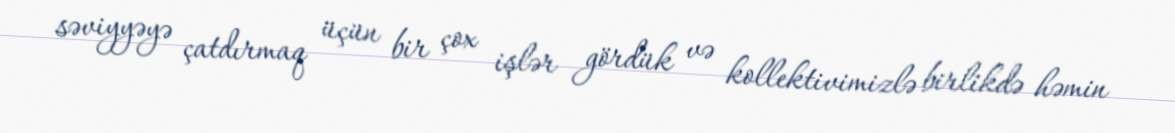
səviyyəyə çatdırmaq üçün bir çox işlər gördük və kollektivimizlə birlikdə həmin